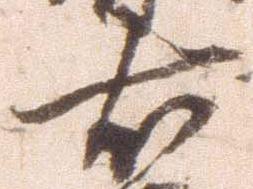
右